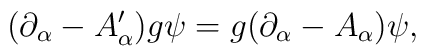
\bigl(\partial_\alpha - A'_\alpha\bigr)g\psi = g\bigl(\partial_\alpha- A_\alpha\bigr)\psi,